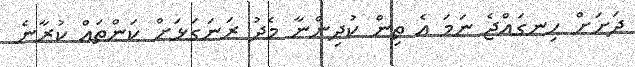
ދަށަށް ހިނގައްޖެ ނަމަ އެ ތިން ކުދިންނާ މެދު ރަނަގަޅަށް ކަންތައް ކުރާނެ